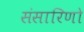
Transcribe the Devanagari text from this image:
संसारिणो